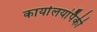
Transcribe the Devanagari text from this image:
कार्यालयांपैकी